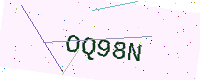
Text: OQ98N